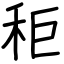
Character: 秬